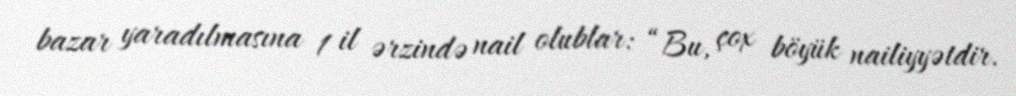
bazar yaradılmasına 1 il ərzində nail olublar: “Bu, çox böyük nailiyyətdir.